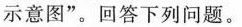
示意图”。回答下列问题。